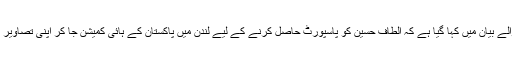
سرکاری خبر رساں ایجنسی اے پی پی کے مطابق پیر کو جاری ہونے والے بیان میں کہا گیا ہے کہ الطاف حسین کو پاسپورٹ حاصل کرنے کے لیے لندن میں پاکستان کے ہائی کمیشن جا کر اپنی تصاویر اور بائیو میٹرکس (انگلیوں کے نشانات، آنکھوں کا سکین ) دینا ہوں گے۔